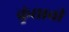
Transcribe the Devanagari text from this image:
कुंद्याचीं